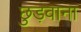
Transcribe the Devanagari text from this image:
छुड़वाना